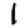
Digit: 1